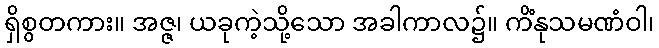
ရှိစွတကား။ အဇ္ဇ၊ ယခုကဲ့သို့သော အခါကာလ၌။ ကိံနုသမဏံဝါ၊